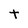
Character: t